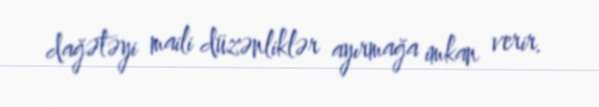
dağətəyi maili düzənliklər ayırmağa imkan verir.